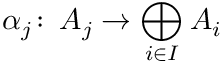
\alpha _ { j } \colon \, A _ { j } \to \bigoplus _ { i \in I } A _ { i }